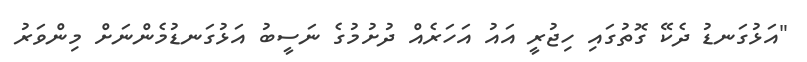
"އަޅުގަނޑު ދެކޭ ގޮތުގައި ހިޖުރީ އައު އަހަރެއް ދުށުމުގެ ނަސީބު އަޅުގަނޑުމެންނަށް މިންވަރު